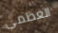
العظمى